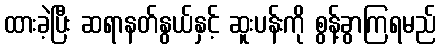
ထားခဲ့ပြီး ဆရာနတ်နွယ်နှင့် ဆူးပန်းကို စွန့်ခွာကြရမည်